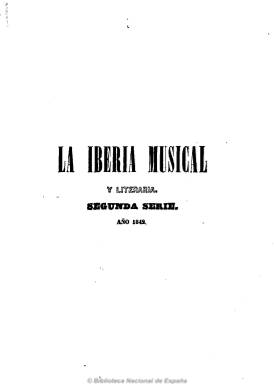
Título: La Iberia musical y literaria
Colección: Música || Cultura
Ámbito geográfico: Madrid
Lugar de publicación: Madrid
Fechas: 04/09/1842-31/12/1843

Se trata del primer periódico musical español, que había comenzado a publicarse el uno de enero de 1842 con el título La iberia musical y que a partir del cuatro de septiembre de este mismo año amplía su título, iniciando nueva numeración e indicando que se trata de la “segunda serie”. Se subtitula ahora “semanario de los literatos, de los artistas, de las sociedades y de los teatros”, y “dirigido por una sociedad de literatos y profesores de música”, siendo su fundador, propietario y director el compositor Joaquín Espín y Guillén (1812-1881).

Publica artículos de historia, enseñanza y crítica musical, con crónicas nacionales, extranjeras y locales (Teatro del Príncipe, Teatro Circo, otros conciertos, etc.), una parte de crítica y creación literaria (poesías, baladas, epigramas, etc.) de la que era responsable Gregorio Romero Larrañaga, así como biografías de compositores españoles y extranjeros, variedades y anuncios. También sigue editando aparte partituras de música y canto y piano y una colección de grabados de retratos de distinguidos artistas. Desde sus páginas se preconizó la creación operística española.

Entre sus redactores, además de su director, se encuentran Mariano Soriano Fuertes (su cofundador), Indalecio Soriano Fuertes y Domingo Vila, entre otros. En la parte literaria se dan cita Miguel Agustín Príncipe, Juan Martínez Villegas, Ramón de Campoamor, José Zorrilla, Santiago Masernau, José María Reart, Eugenio Hartzenbusch, Bretón de los Herreros, Carolina Coronado, Lucía del Cano, Eulogio Florentino Sanz, Teodoro Guerrero, Francisco Montemar, Urrabieta y Fr. Gerundio, etc. Contó también con corresponsales en provincias y en algunas capitales extranjeras.

Sigue apareciendo semanalmente, los domingos, en números de ocho páginas y a dos columnas, ahora en la Imprenta del Panorama Español. Desde 1844 aparecerá los jueves y domingos. También se subtitulará como “periódico filarmónico” y “gaceta de los teatros”, continuando como una revista fundamentalmente musical dedicada, especialmente, a la música escénica. En 1846 vuelve a recobrar su título original, La iberia musical, con una periodicidad irregular, y posteriormente adoptará el de Gaceta de los teatros, y muy probablemente continuó publicándose hasta 1849.